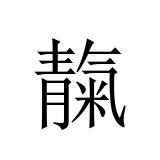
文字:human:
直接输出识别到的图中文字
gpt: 靝